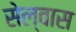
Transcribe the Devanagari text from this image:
सेल्वास